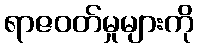
ရာဇဝတ်မှုများကို